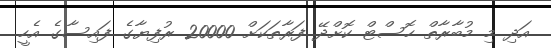
އަދި މި މުބާރާތް ހޮސްޓް ކޮށްދޭ ފަރާތަކަށް 20000 ރުފިޔާގެ ފައިސާގެ އެހީ